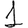
Digit: 1